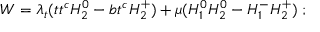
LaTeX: W = \lambda _ { t } ( t t ^ { c } H _ { 2 } ^ { 0 } - b t ^ { c } H _ { 2 } ^ { + } ) + \mu ( H _ { 1 } ^ { 0 } H _ { 2 } ^ { 0 } - H _ { 1 } ^ { - } H _ { 2 } ^ { + } ) \; ;